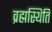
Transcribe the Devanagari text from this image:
व्रह्मस्थिति